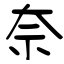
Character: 奈